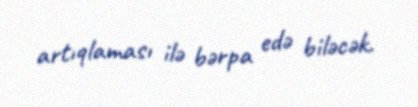
artıqlaması ilə bərpa edə biləcək.